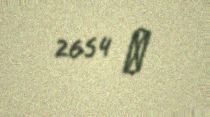
2654 ₼